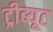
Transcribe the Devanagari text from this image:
ट्रीब्यूट